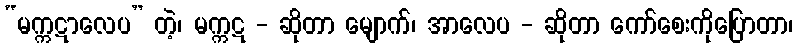
“မက္ကဋာလေပ” တဲ့၊ မက္ကဋ - ဆိုတာ မျောက်၊ အာလေပ - ဆိုတာ ကော်စေးကိုပြောတာ၊